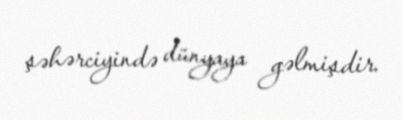
şəhərciyində dünyaya gəlmişdir.